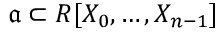
{ \mathfrak { a } } \subset R [ X _ { 0 } , \dotsc , X _ { n - 1 } ]